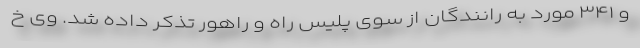
و ۳۴۱ مورد به رانندگان از سوی پلیس راه و راهور تذکر داده شد. وی خ